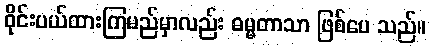
ဝိုင်းပယ်ထားကြမည်မှာလည်း ဓမ္မတာသာ ဖြစ်ပေ သည်။